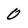
Character: 0